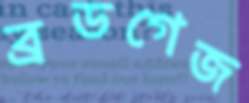
ব্রডগেজ